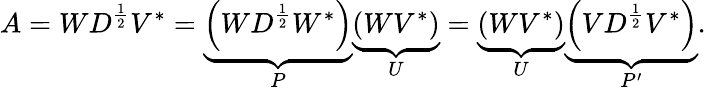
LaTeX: A=WD^{\frac{1}{2}}V^{*}=\underbrace{\left(WD^{\frac{1}{2}}W^{*}\right)}_{P}\underbrace{\left(WV^{*}\right)}_{U}=\underbrace{\left(WV^{*}\right)}_{U}\underbrace{\left(VD^{\frac{1}{2}}V^{*}\right)}_{P^{\prime}}.